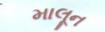
માલૂન